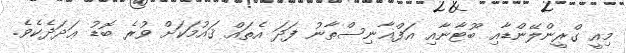
މިއީ ގްރީންލޭންޑާއި ބޫޓާނާއި އަފްޣާނިސްތާނު ފަދަ އެތައް ޤައުމަކަށް ވުރެ ބޮޑު ޢަދަދެކެވެ.